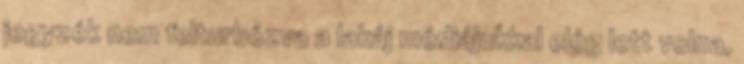
jegyzék nem felturbózva a lakáj médiájukkal elég lett volna,